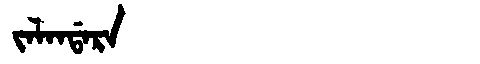
Manchu: ᠵᠠᠯᠠᠨᡩᠠᡵᠠ
Romanization: JALANDARA